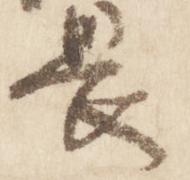
畏